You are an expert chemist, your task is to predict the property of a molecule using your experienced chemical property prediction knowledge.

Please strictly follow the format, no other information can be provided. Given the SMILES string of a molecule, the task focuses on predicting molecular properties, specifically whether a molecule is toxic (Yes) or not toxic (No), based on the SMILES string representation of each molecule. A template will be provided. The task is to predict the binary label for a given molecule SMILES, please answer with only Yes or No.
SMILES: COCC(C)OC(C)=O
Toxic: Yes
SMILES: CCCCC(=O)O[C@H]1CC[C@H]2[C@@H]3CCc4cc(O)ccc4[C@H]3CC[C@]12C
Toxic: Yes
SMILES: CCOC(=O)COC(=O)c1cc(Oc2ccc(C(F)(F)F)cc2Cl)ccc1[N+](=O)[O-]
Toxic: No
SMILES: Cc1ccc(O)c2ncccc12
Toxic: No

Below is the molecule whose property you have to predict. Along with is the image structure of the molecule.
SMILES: COC(=O)CCC(=O)O
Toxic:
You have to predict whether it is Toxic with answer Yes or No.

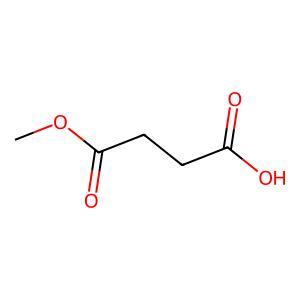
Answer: No